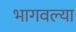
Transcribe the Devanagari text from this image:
भागवल्या